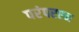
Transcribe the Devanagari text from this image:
परंपरएन